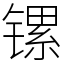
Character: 镙